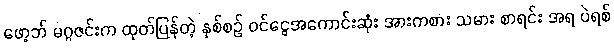
ဖော့ဘ် မဂ္ဂဇင်းက ထုတ်ပြန်တဲ့ နှစ်စဉ် ဝင်ငွေအကောင်းဆုံး အားကစား သမား စာရင်း အရ ပဲရစ်